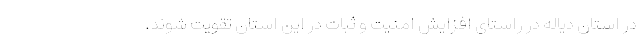
در استان دیاله در راستای افزایش امنیت و ثبات در این استان تقویت شوند.